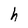
Character: h